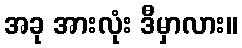
အခု အားလုံး ဒီမှာလား။